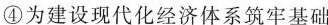
④为建设现代化经济体系筑牢基础